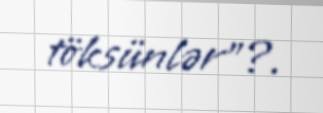
töksünlər”?.